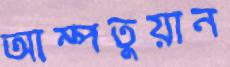
আম্পতুয়ান